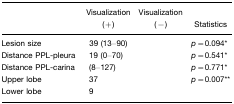
<table><thead><tr><td>[EMPTY_CELL]</td><td><b>Visualization (+)</b></td><td><b>Visualization (−)</b></td><td><b>Statistics</b></td></tr></thead><tbody><tr><td>Lesion size</td><td>39 (13–90)</td><td>[EMPTY_CELL]</td><td><i>p</i>=0.094*</td></tr><tr><td>Distance PPL-pleura</td><td>19 (0–70)</td><td>[EMPTY_CELL]</td><td><i>p</i>=0.541*</td></tr><tr><td>Distance PPL-carina</td><td>(8–127)</td><td>[EMPTY_CELL]</td><td><i>p</i>=0.771*</td></tr><tr><td>Upper lobe</td><td>37</td><td>[EMPTY_CELL]</td><td><i>p</i>=0.007**</td></tr><tr><td>Lower lobe</td><td>9</td><td>[EMPTY_CELL]</td><td>[EMPTY_CELL]</td></tr></tbody></table>